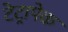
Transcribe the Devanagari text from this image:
टेट्रापेक